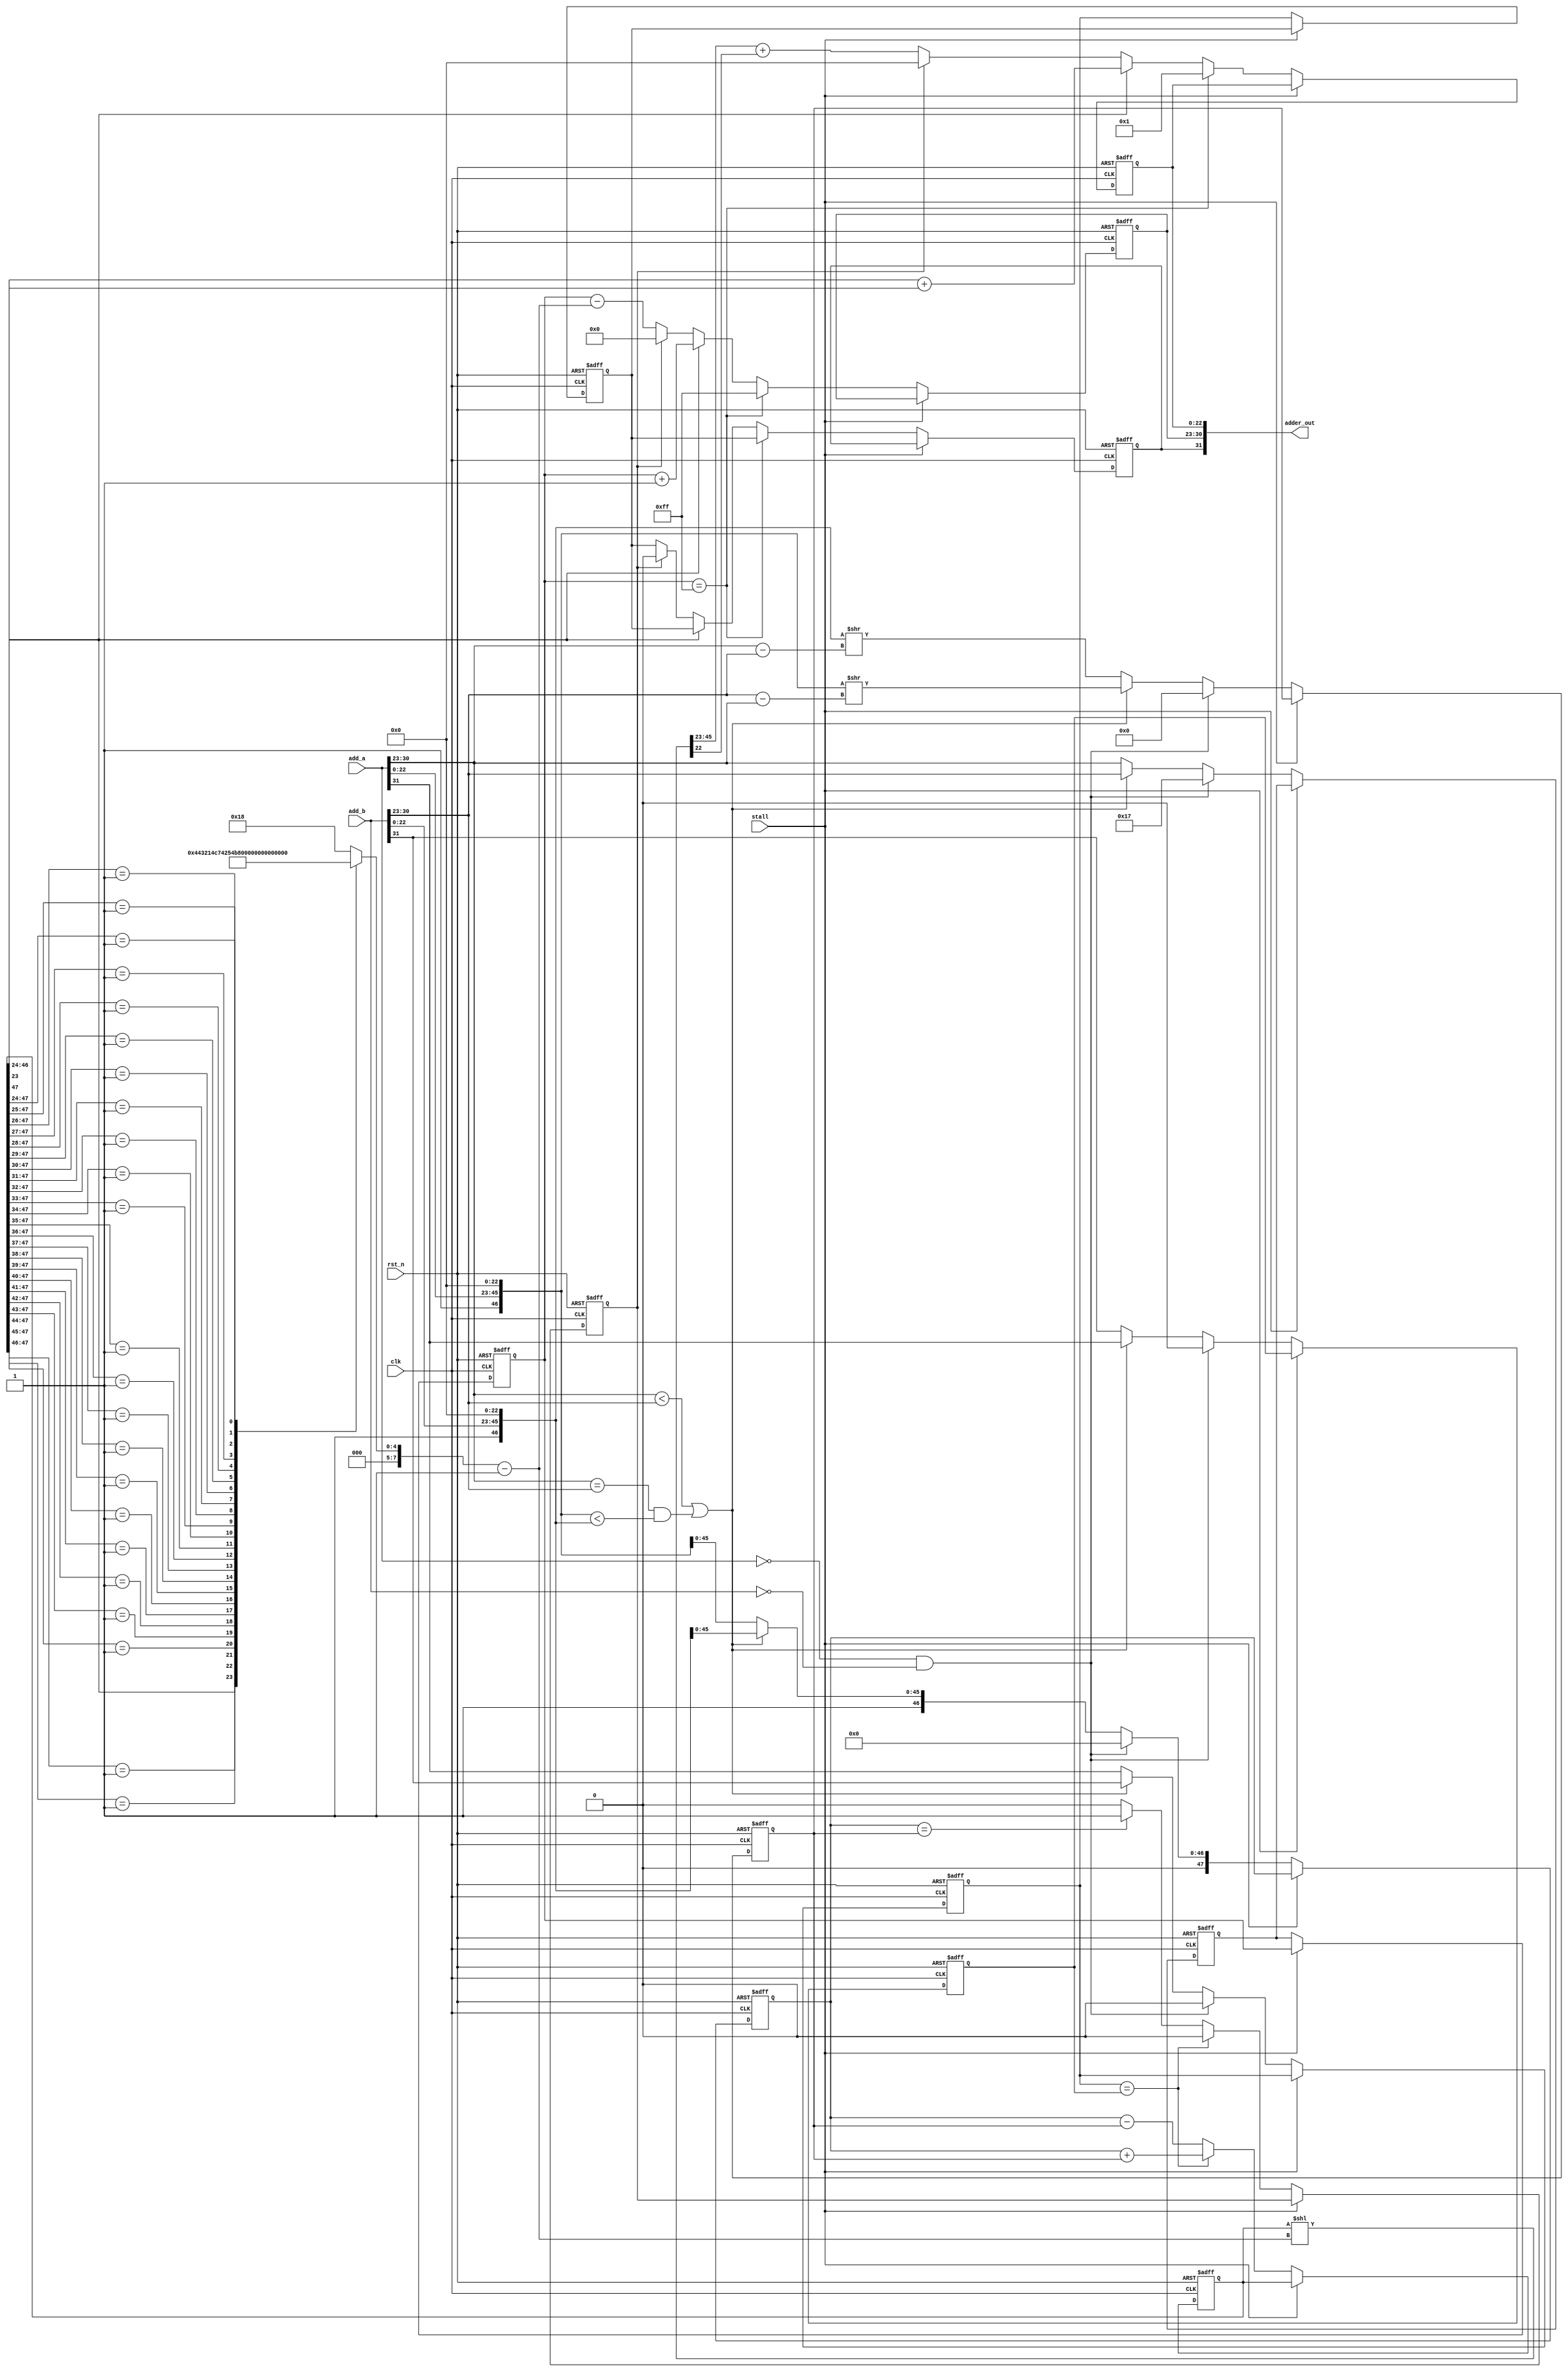
`define E_bit 8
`define F_bit 23

module float_adder(clk,rst_n,stall,add_a,add_b,adder_out);

//
parameter E_ref = {(`E_bit-1){1'b1}};
parameter E_max = {(`E_bit){1'b1}};

input wire[`E_bit+`F_bit:0] add_a,add_b;			//1  `E_bit `F_bit
output wire[`E_bit+`F_bit:0] adder_out;
input wire stall;			
input rst_n,clk;

reg a_s0,b_s0,add_s1,add_s2;
reg sub_eq1;

reg[`E_bit-1:0] add_e0;					//
reg[`E_bit-1:0] add_e1;
reg[`E_bit-1:0] add_e2;

reg[2*`F_bit+1:0] a_f0,b_f0;					 //
reg[2*`F_bit+1:0] add_f1;									
reg[`F_bit-1:0] add_f2;

reg[`E_bit-1:0] sub_shift;
wire[2*`F_bit+1:0] sub_shift_f1 = (add_f1 << (sub_shift-1'b1));

//
wire [`E_bit-1:0] a_e = add_a[`E_bit+`F_bit-1:`F_bit];
wire [`E_bit-1:0] b_e = add_b[`E_bit+`F_bit-1:`F_bit];
wire [2*`F_bit+1:0] a_f = {2'b01,add_a[`F_bit-1:0],{`F_bit{1'b0}}};	//1
wire [2*`F_bit+1:0] b_f = {2'b01,add_b[`F_bit-1:0],{`F_bit{1'b0}}};	//1
wire 				  a_s = add_a[`E_bit+`F_bit];
wire 				  b_s = add_b[`E_bit+`F_bit];
 
assign adder_out = {add_s2,add_e2,add_f2};

//LEVEL0:
always @(posedge clk or negedge rst_n) begin
	if(!rst_n) begin					//
		a_s0 <= 0;
		b_s0 <= 0;
		add_e0 <= `F_bit;
		a_f0 <= 0;
		b_f0 <= 0;
	end
	else if (stall) begin
		// STALL
	end
	else begin
		if(add_a == 0 && add_b == 0)begin
			a_s0 <= 0;
			b_s0 <= 0;
			add_e0 <= `F_bit;
			a_f0 <= 0;
			b_f0 <= 0;
		end
		else begin
			if((a_e < b_e)|| (a_e == b_e && a_f < b_f)) begin			
			//baaba<ba>=b
				a_s0 <= b_s;				//ab
				b_s0 <= a_s;				//ab
				add_e0 <= b_e;				//
				a_f0 <= b_f;				//ab
				b_f0 <= a_f>>(b_e-a_e);	//aba
			end
			else begin
				a_s0 <= a_s;			//abb
				b_s0 <= b_s;
				add_e0 <= a_e;
				a_f0 <= a_f;
				b_f0 <= b_f>>(a_e-b_e);	//abb
			end
		end
	end
end


//LEVEL1: 
always @(posedge clk or negedge rst_n) begin
	if(!rst_n) begin					//
		add_e1 <= `F_bit;
		add_f1 <= 0;
		add_s1 <= 0;
		sub_eq1 <= 0;
	end
	else if (stall) begin
		// STALL
	end
	else begin
		sub_eq1 <= 0;
		if(a_s0 == b_s0) begin		//
			add_f1 <= a_f0 + b_f0;
		end
		else begin //
			add_f1 <= a_f0 - b_f0;
			if(a_f0 == b_f0) begin		//0
				sub_eq1 <= 1;
			end
		end
		add_s1 <= a_s0;
		add_e1 <= add_e0;
	end
end

//LEVEL3 : 
always @(posedge clk or negedge rst_n) begin
	if(!rst_n) begin					//
		add_e2 <= 0;
		add_f2 <= 0;
		add_s2 <= 0;
	end
	else if (stall) begin
		// STALL
	end
	else begin
		add_s2 <= add_s1;
		if(add_e1 == E_max) begin		//Nan
				add_f2 <= 1;
				add_e2 <= {`E_bit{1'b1}};
		end
		else begin							//
			if(add_f1[2*`F_bit+1]) begin			//1
				add_f2 <= add_f1[2*`F_bit:`F_bit+1]+add_f1[`F_bit];
				add_e2 <= add_e1+1'b1;
			end
			else begin
				if(sub_eq1 == 1) begin			//0
					add_s2 <= 0;
					add_e2 <= 0;
					add_f2 <= 0;
				end
				else begin
					add_f2 <= sub_shift_f1[2*`F_bit-1:`F_bit]+sub_shift_f1[`F_bit-1];
					add_e2 <= add_e1 - (sub_shift-1'b1);
				end
			end
		end
	end
end

always @(add_f1) begin
	casex(add_f1[2*`F_bit+1:`F_bit+1])
		24'b1xxxxxxxxxxxxxxxxxxxxxxx: sub_shift=8'd0;
		24'b01xxxxxxxxxxxxxxxxxxxxxx: sub_shift=8'd1;
		24'b001xxxxxxxxxxxxxxxxxxxxx: sub_shift=8'd2;
		24'b0001xxxxxxxxxxxxxxxxxxxx: sub_shift=8'd3;
		24'b00001xxxxxxxxxxxxxxxxxxx: sub_shift=8'd4;
		24'b000001xxxxxxxxxxxxxxxxxx: sub_shift=8'd5;
		24'b0000001xxxxxxxxxxxxxxxxx: sub_shift=8'd6;
		24'b00000001xxxxxxxxxxxxxxxx: sub_shift=8'd7;
		24'b000000001xxxxxxxxxxxxxxx: sub_shift=8'd8;
		24'b0000000001xxxxxxxxxxxxxx: sub_shift=8'd9;
		24'b00000000001xxxxxxxxxxxxx: sub_shift=8'd10;
		24'b000000000001xxxxxxxxxxxx: sub_shift=8'd11;
		24'b0000000000001xxxxxxxxxxx: sub_shift=8'd12;
		24'b00000000000001xxxxxxxxxx: sub_shift=8'd13;
		24'b000000000000001xxxxxxxxx: sub_shift=8'd14;
		24'b0000000000000001xxxxxxxx: sub_shift=8'd15;
		24'b00000000000000001xxxxxxx: sub_shift=8'd16;
		24'b000000000000000001xxxxxx: sub_shift=8'd17;
		24'b0000000000000000001xxxxx: sub_shift=8'd18;
		24'b00000000000000000001xxxx: sub_shift=8'd19;
		24'b000000000000000000001xxx: sub_shift=8'd20;
		24'b0000000000000000000001xx: sub_shift=8'd21;
		24'b00000000000000000000001x: sub_shift=8'd22;
		24'b000000000000000000000001: sub_shift=8'd23;
		default: sub_shift = 8'd24;
	endcase
end
endmodule